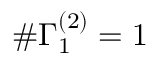
\# \Gamma _ { 1 } ^ { ( 2 ) } = 1